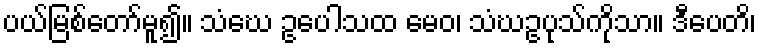
ပယ်မြစ်တော်မူ၍။ သံဃေ ဥပေါသထ မေဝ၊ သံဃဥပုသ်ကိုသာ။ ဒီပေတိ၊